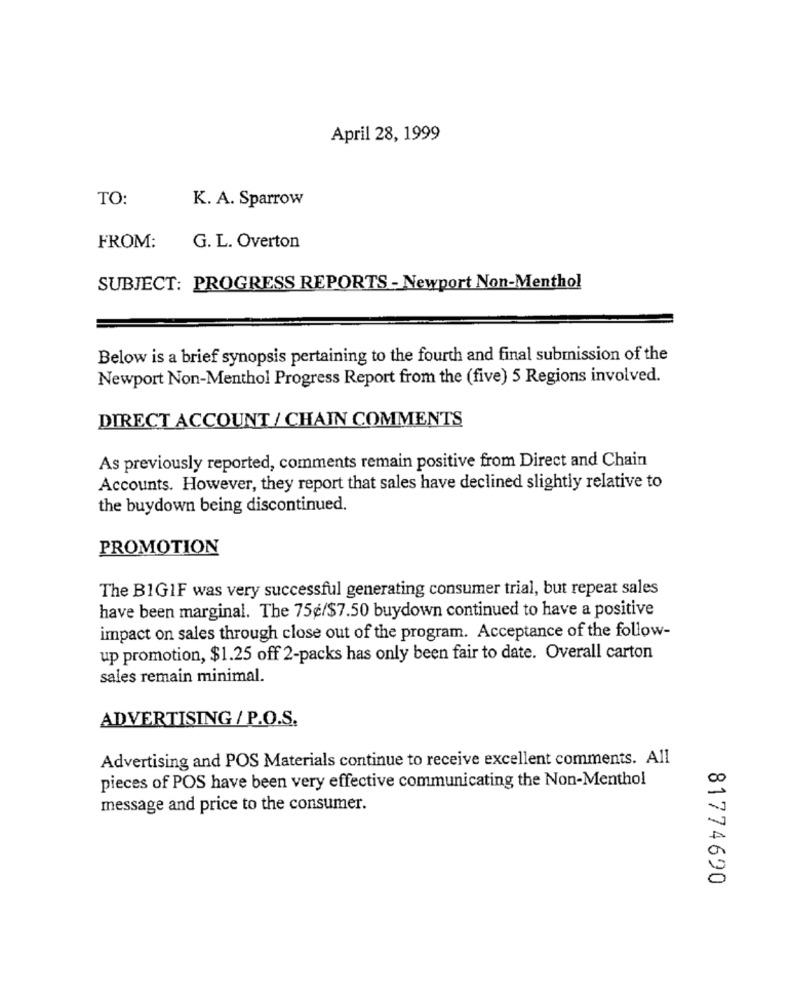
April 28, 1999
TO:
K. A. Sparrow
FROM:
G. L. Overton
SUBJECT: PROGRESS REPORTS - Newport Non-Menthol
Below is a brief synopsis pertaining to the fourth and final submission of the
Newport Non-Menthol Progress Report from the (five) 5 Regions involved.
DIRECT ACCOUNT / CHAIN COMMENTS
As previously reported, comments remain positive from Direct and Chain
Accounts. However, they report that sales have declined slightly relative to
the buydown being discontinued.
PROMOTION
The BIGIF was very successful generating consumer trial, but repeat sales
have been marginal. The 75¢/$7.50 buydown continued to have a positive
impact on sales through close out of the program. Acceptance of the follow-
up promotion, $1.25 off 2-packs has only been fair to date. Overall carton
sales remain minimal.
ADVERTISING / P.O.S.
Advertising and POS Materials continue to receive excellent comments. All
pieces of POS have been very effective communicating the Non-Menthol
message and price to the consumer.
81774690